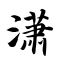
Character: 潇